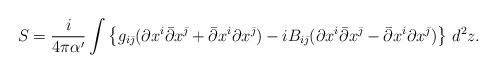
\begin{align*}S = \frac i{4\pi\alpha^\prime}\int\left\{g_{i\bar\jmath} (\partial x^i\bar\partial x^{\bar\jmath}+ \bar\partial x^i\partial x^{\bar\jmath}) -iB_{i\bar\jmath}(\partial x^i\bar\partial x^{\bar\jmath}- \bar\partial x^i\partial x^{\bar\jmath}) \right\}\,d^2z. \end{align*}